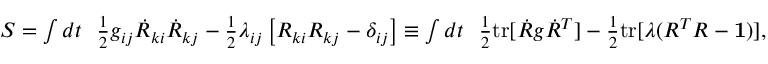
\begin{array} { r } { S = \int d t ~ ~ \frac 1 2 g _ { i j } \dot { R } _ { k i } \dot { R } _ { k j } - \frac 1 2 \lambda _ { i j } \left[ R _ { k i } R _ { k j } - \delta _ { i j } \right] \equiv \int d t ~ ~ \frac 1 2 \mathrm { t r } [ { \dot { R } g \dot { R } ^ { T } ] - \frac 1 2 \mathrm { t r } [ \lambda ( R ^ { T } R - { \bf 1 } ) } ] , } \end{array}